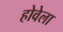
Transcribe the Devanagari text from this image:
होवेला